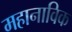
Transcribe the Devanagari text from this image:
महानाविक